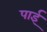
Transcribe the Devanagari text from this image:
पार्इ